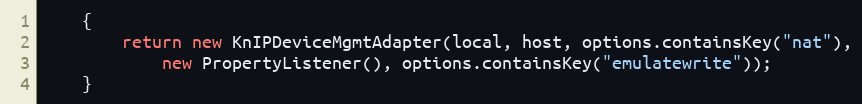
Language: Java
	{
		return new KnIPDeviceMgmtAdapter(local, host, options.containsKey("nat"),
			new PropertyListener(), options.containsKey("emulatewrite"));
	}